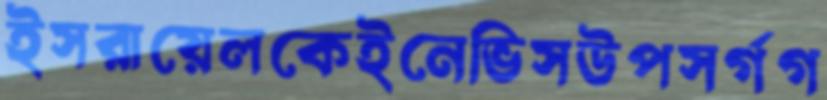
ইসরায়েলকেইনেভিসউপসর্গগ